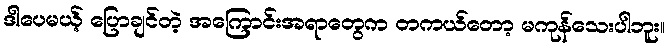
ဒါပေမယ့် ပြောချင်တဲ့ အကြောင်းအရာတွေက တကယ်တော့ မကုန်သေးပါဘူး။